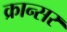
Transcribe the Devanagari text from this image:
क्रान्सर